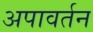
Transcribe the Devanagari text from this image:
अपावर्तन